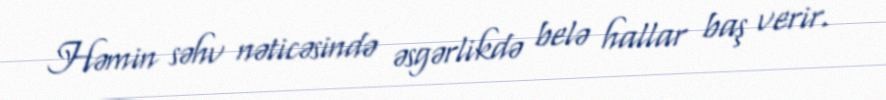
Həmin səhv nəticəsində əsgərlikdə belə hallar baş verir.